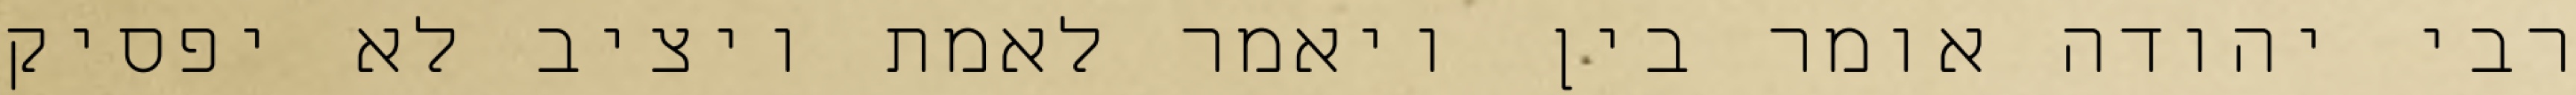
רבי יהודה אומר בין ויאמר לאמת ויציב לא יפסיק